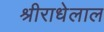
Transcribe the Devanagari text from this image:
श्रीराधेलाल